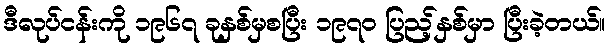
ဒီလုပ်ငန်းကို ၁၉၆၇ ခုနှစ်မှစပြီး ၁၉၇၀ ပြည့်နှစ်မှာ ပြီးခဲ့တယ်။